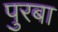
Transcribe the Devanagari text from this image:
पुरबा